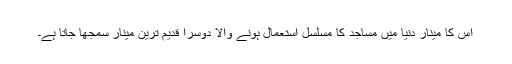
اس کا مینار دنیا میں مساجد کا مسلسل استعمال ہونے والا دوسرا قدیم ترین مینار سمجھا جاتا ہے۔